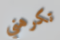
تكرهني